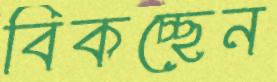
বিকচ্ছেন